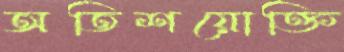
অতিশয়োক্তি